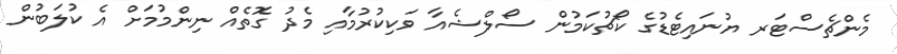
މެންޗެެސްޓަރ ޔުނައިޓެޑުގެ ކޯޗުކަމުން ސޯލްޝެއާ ވަކިކުރުމާއި މެދު ގޮތެއް ނިންމުމަށް އެ ކުލަބުން